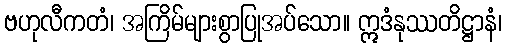
ဗဟုလီကတံ၊ အကြိမ်များစွာပြုအပ်သော။ ဣဒံနုဿတိဋ္ဌာနံ၊